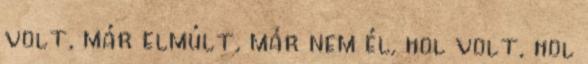
volt, már elmúlt, már nem él, hol volt, hol